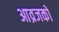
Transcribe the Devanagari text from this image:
आव्रजकों